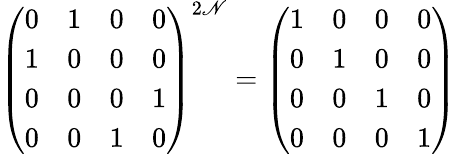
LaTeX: \left(\begin{array}{cccc}{{0}}&{{1}}&{{0}}&{{0}}\\ {{1}}&{{0}}&{{0}}&{{0}}\\ {{0}}&{{0}}&{{0}}&{{1}}\\ {{0}}&{{0}}&{{1}}&{{0}}\end{array}\right)^{2\mathscr{N}}=\left(\begin{array}{cccc}{{1}}&{{0}}&{{0}}&{{0}}\\ {{0}}&{{1}}&{{0}}&{{0}}\\ {{0}}&{{0}}&{{1}}&{{0}}\\ {{0}}&{{0}}&{{0}}&{{1}}\end{array}\right)